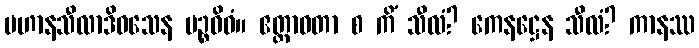
ပဟာနသီလာဒိဝသေန ပဉ္စဝိဓံ။ ဧတ္တာဝတာ စ ကိံ သီလံ? ကေနဋ္ဌေန သီလံ? ကာနဿ